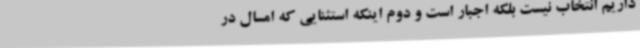
داریم انتخاب نیست بلکه اجبار است و دوم اینکه استثنایی که امسال در